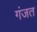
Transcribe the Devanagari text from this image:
गंजत